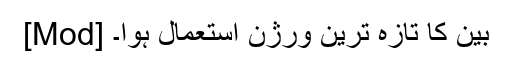
[Mod] بین کا تازہ ترین ورژن استعمال ہوا۔